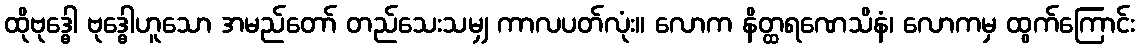
ထိုဗုဒ္ဓေါ ဗုဒ္ဓေါဟူသော အမည်တော် တည်သေးသမျှ ကာလပတ်လုံး။ လောက နိတ္ထရဏေသိနံ၊ လောကမှ ထွက်ကြောင်း